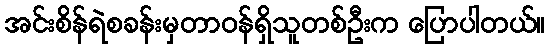
အင်းစိန်ရဲစခန်းမှတာဝန်ရှိသူတစ်ဦးက ပြောပါတယ်။